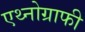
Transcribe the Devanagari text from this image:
एथ्नोग्राफी